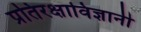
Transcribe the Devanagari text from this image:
प्रतिरक्षाविज्ञानी